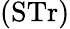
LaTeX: ({\mathrm{STr}})